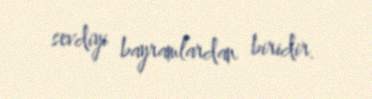
sevdiyi bayramlardan biridir.